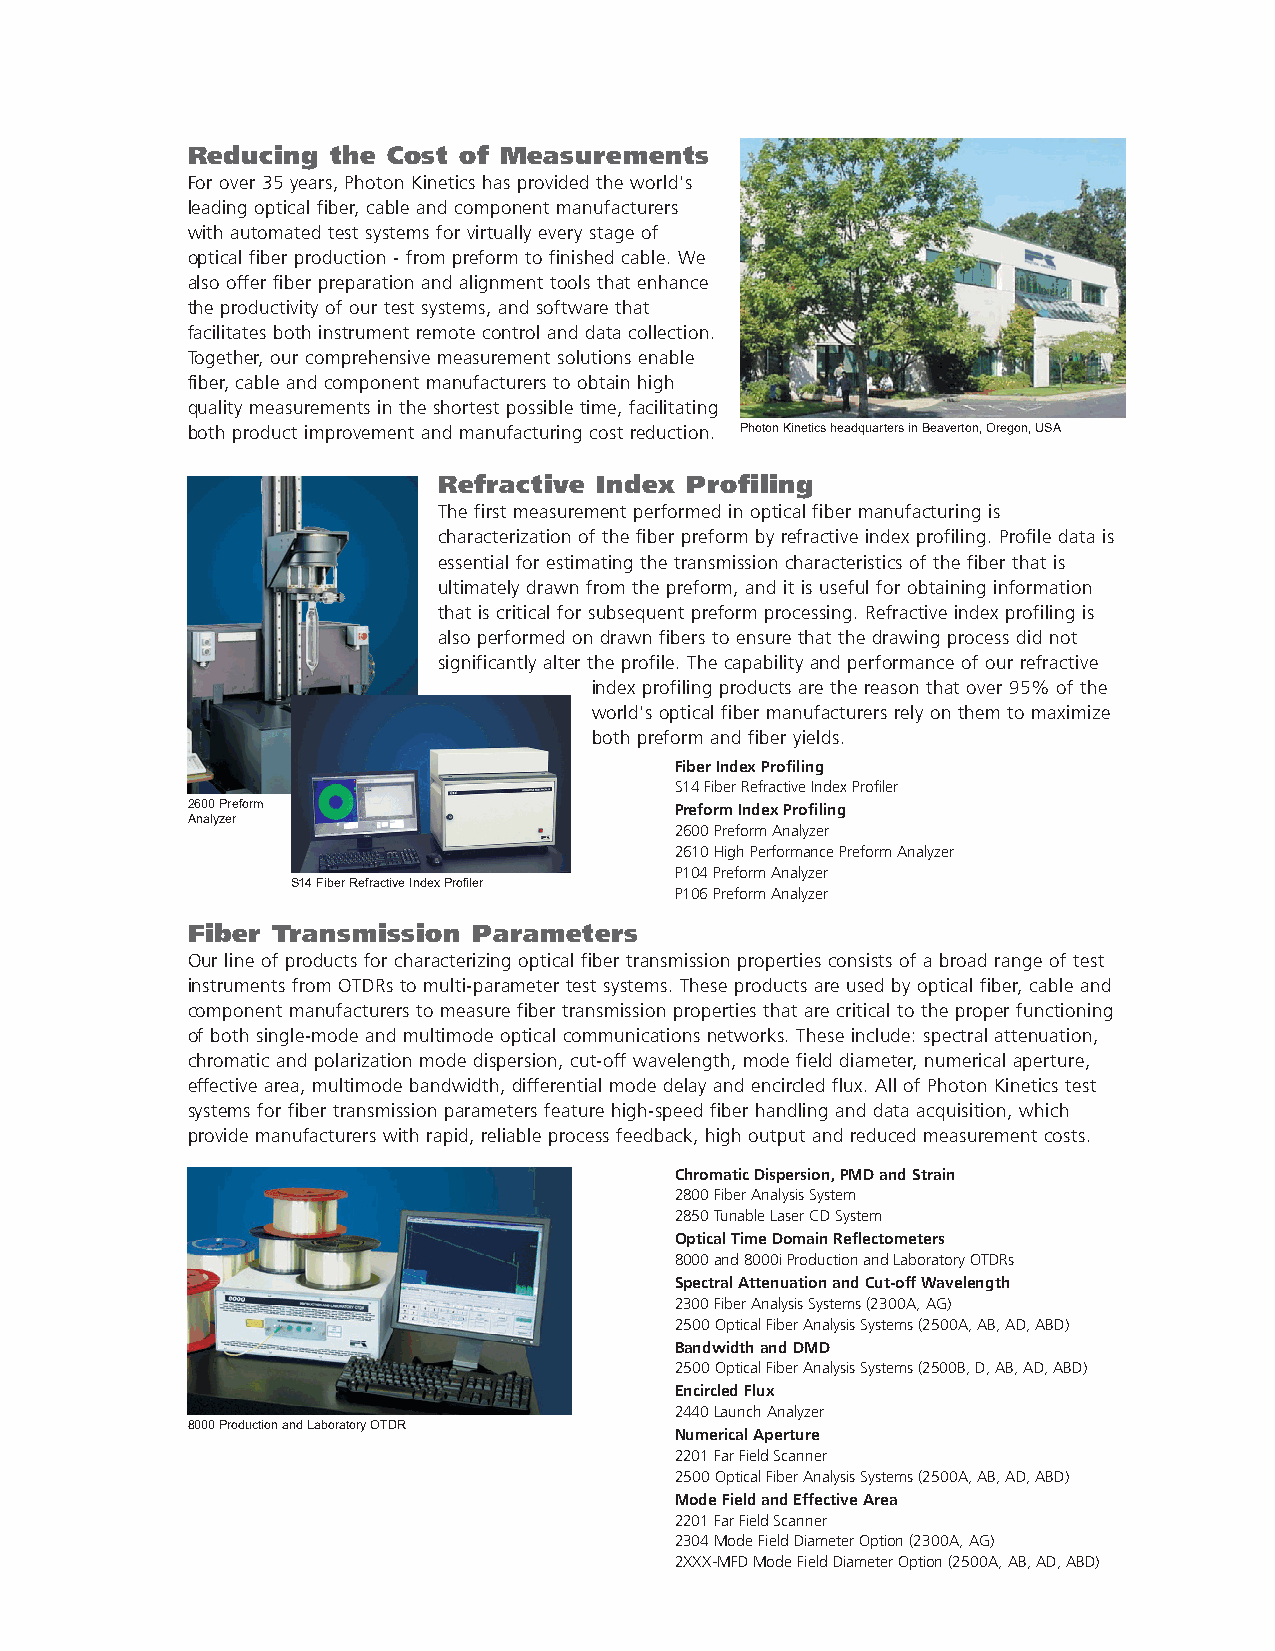
Reducing  the Cost of Measurements
 For over 35 years, Photon Kinetics has provided the world's
 leading optical fiber, cable and component manufacturers
 with automated test systems for virtually every stage of
 optical fiber production - from preform to finished cable. We
 also offer fiber preparation and alignment tools that enhance
 the productivity of our test systems, and software that
 facilitates both instrument remote control and data collection.
 Together, our comprehensive measurement solutions enable
 fiber, cable and component manufacturers to obtain high
 quality measurements in the shortest possible time, facilitating
 both product improvement and manufacturing cost reduction. Photon Kinetics headquarters in Beaverton, Oregon, USA
 Refractive Index Profiling
 The first measurement performed in optical fiber manufacturing is
 characterization of the fiber preform by refractive index profiling. Profile data is
 essential for estimating the transmission characteristics of the fiber that is
 ultimately drawn from the preform, and it is useful for obtaining information
 that is critical for subsequent preform processing. Refractive index profiling is
 also performed on drawn fibers to ensure that the drawing process did not
 significantly alter the profile. The capability and performance of our refractive
 index profiling products are the reason that over 95% of the
 world's optical fiber manufacturers rely on them to maximize
 both preform and fiber yields.
 Fiber Index Profiling
 S14 Fiber Refractive Index Profiler
 2600 Preform                     Preform Index Profiling
 Analyzer
 2600 Preform Analyzer
 2610 High Performance Preform Analyzer
 P104 Preform Analyzer
 S14 Fiber Refractive Index Profiler
 P106 Preform Analyzer
 Fiber Transmission Parameters
 Our line of products for characterizing optical fiber transmission properties consists of a broad range of test
 instruments from OTDRs to multi-parameter test systems. These products are used by optical fiber, cable and
 component manufacturers to measure fiber transmission properties that are critical to the proper functioning
 of both single-mode and multimode optical communications networks. These include: spectral attenuation,
 chromatic and polarization mode dispersion, cut-off wavelength, mode field diameter, numerical aperture,
 effective area, multimode bandwidth, differential mode delay and encircled flux. All of Photon Kinetics test
 systems for fiber transmission parameters feature high-speed fiber handling and data acquisition, which
 provide manufacturers with rapid, reliable process feedback, high output and reduced measurement costs.
 Chromatic Dispersion, PMD and Strain
 2800 Fiber Analysis System
 2850 Tunable Laser CD System
 Optical Time Domain Reflectometers
 8000 and 8000i Production and Laboratory OTDRs
 Spectral Attenuation and Cut-off Wavelength
 2300 Fiber Analysis Systems (2300A, AG)
 2500 Optical Fiber Analysis Systems (2500A, AB, AD, ABD)
 Bandwidth and DMD
 2500 Optical Fiber Analysis Systems (2500B, D, AB, AD, ABD)
 Encircled Flux
 2440 Launch Analyzer
 8000 Production and Laboratory OTDR
 Numerical Aperture
 2201 Far Field Scanner
 2500 Optical Fiber Analysis Systems (2500A, AB, AD, ABD)
 Mode Field and Effective Area
 2201 Far Field Scanner
 2304 Mode Field Diameter Option (2300A, AG)
 2XXX-MFD Mode Field Diameter Option (2500A, AB, AD, ABD)